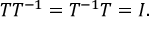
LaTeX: T T ^ { - 1 } = T ^ { - 1 } T = I .